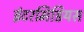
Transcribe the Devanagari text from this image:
इंटरमिडियस